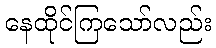
နေထိုင်ကြသော်လည်း